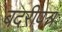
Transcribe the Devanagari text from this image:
बदरीपत्र